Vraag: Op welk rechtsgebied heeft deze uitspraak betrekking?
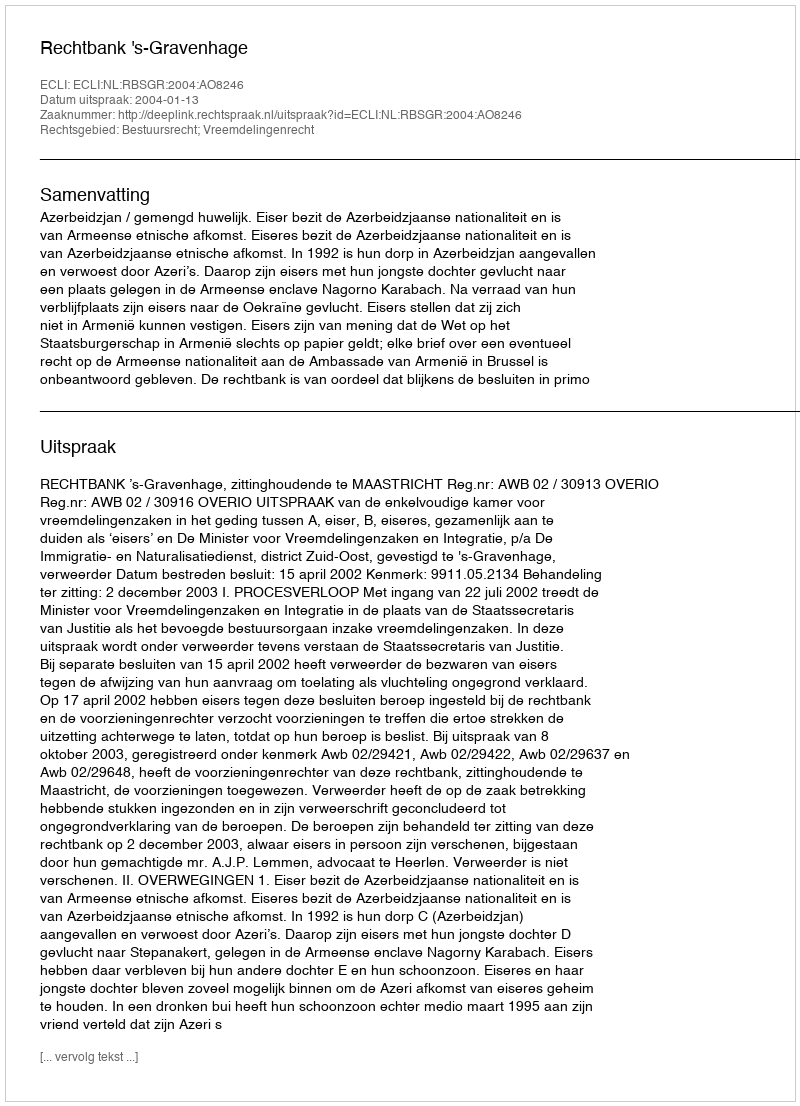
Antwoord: Bestuursrecht; Vreemdelingenrecht